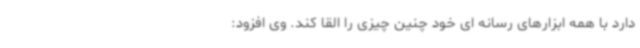
دارد با همه ابزارهای رسانه ای خود چنین چیزی را القا کند. وی افزود: